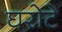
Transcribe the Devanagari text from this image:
घरोटे